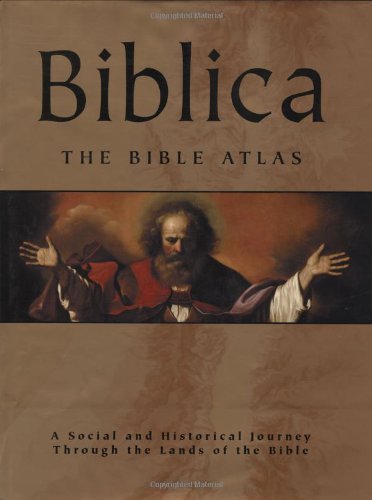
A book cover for Biblica: The Bible Atlas: A Social and Historical Journey Through the Lands of the Bible; Christian Books & Bibles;